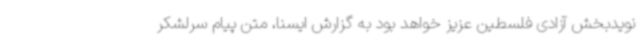
نویدبخش آزادی فلسطین عزیز خواهد بود به گزارش ایسنا، متن پیام سرلشکر